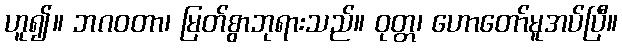
ဟူ၍။ ဘဂဝတာ၊ မြတ်စွာဘုရားသည်။ ဝုတ္တ၊ ဟောတော်မူအပ်ပြီ။